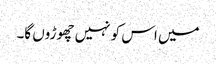
میں اس کو نہیں چھوڑوں گا۔